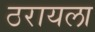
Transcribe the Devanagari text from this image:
ठरायला